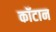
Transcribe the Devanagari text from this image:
कॉटान